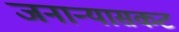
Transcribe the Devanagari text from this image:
जनान्यासकट